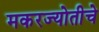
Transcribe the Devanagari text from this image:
मकरज्योतीचे